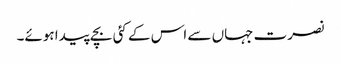
نصرت جہاں سے اس کے کئی بچے پیدا ہوئے۔